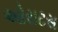
ઓરાટસ